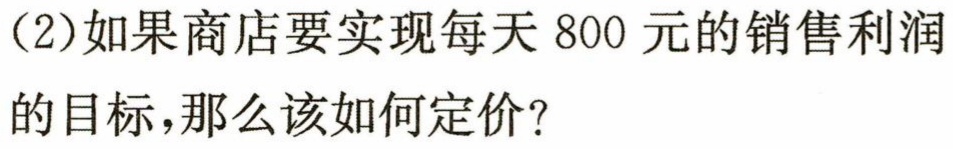
（2）如果商店要实现每天800元的销售利润的目标，那么该如何定价？